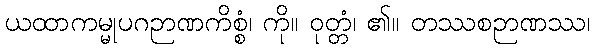
ယထာကမ္မုပဂဉာဏကိစ္စံ၊ ကို။ ဝုတ္တံ၊ ၏။ တဿစဉာဏဿ၊